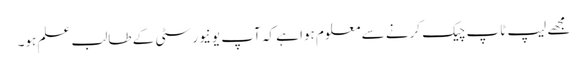
مجھے لیپ ٹاپ چیک کرنے سے معلوم ہوا ہے کہ آپ یونیورسٹی کے طالب علم ہو۔